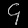
Digit: ၄